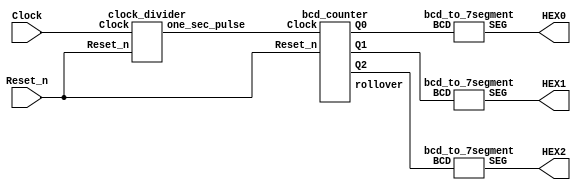
module top_module (
    input wire Clock,        // Clock signal input
    input wire Reset_n,      // Active-low reset signal
    output wire [6:0] HEX0,  // 7-segment display for the least significant digit
    output wire [6:0] HEX1,  // 7-segment display for the middle digit
    output wire [6:0] HEX2   // 7-segment display for the most significant digit
);

    wire one_sec_pulse;      // Pulse signal with a period of one second
    wire [3:0] Q0, Q1, Q2;   // BCD digits
    wire rollover;           // Rollover signal for the counters

    // Instance of clock_divider to generate one-second pulse
    clock_divider u_clk_div (
        .Clock(Clock),
        .Reset_n(Reset_n),
        .one_sec_pulse(one_sec_pulse)
    );

    // Instance of bcd_counter to count seconds in BCD format
    bcd_counter u_bcd_counter (
        .Clock(one_sec_pulse),
        .Reset_n(Reset_n),
        .Q0(Q0),
        .Q1(Q1),
        .Q2(Q2),
        .rollover(rollover)
    );

    // Instances of bcd_to_7segment to drive the 7-segment displays
    bcd_to_7segment u0 (
        .BCD(Q0),
        .SEG(HEX0)
    );

    bcd_to_7segment u1 (
        .BCD(Q1),
        .SEG(HEX1)
    );

    bcd_to_7segment u2 (
        .BCD(Q2),
        .SEG(HEX2)
    );
endmodule

module bcd_counter (
    input wire Clock,        // Clock signal input
    input wire Reset_n,      // Active-low reset signal
    output wire [3:0] Q0,    // Least significant BCD digit
    output wire [3:0] Q1,    // Middle BCD digit
    output wire [3:0] Q2,    // Most significant BCD digit
    output wire rollover     // Rollover signal for the counters
);

    wire rollover0, rollover1; // Rollover signals for each BCD digit

    // Instances of mod10_counter for each BCD digit
    mod10_counter u0 (
        .Clock(Clock),
        .Reset_n(Reset_n),
        .Q(Q0),
        .rollover(rollover0)
    );

    mod10_counter u1 (
        .Clock(rollover0),
        .Reset_n(Reset_n),
        .Q(Q1),
        .rollover(rollover1)
    );

    mod10_counter u2 (
        .Clock(rollover1),
        .Reset_n(Reset_n),
        .Q(Q2),
        .rollover(rollover)
    );
endmodule

module mod10_counter (
    input wire Clock,        // Clock signal input
    input wire Reset_n,      // Active-low reset signal
    output reg [3:0] Q,      // BCD digit output
    output reg rollover      // Rollover signal output
);

    parameter k = 10;        // Parameter for the modulus value

    always @(posedge Clock or negedge Reset_n) begin
        if (!Reset_n) begin
            Q <= 4'd0;       // Reset the counter to 0
            rollover <= 1'b0;// Reset the rollover signal
        end else if (Q == k-1) begin
            Q <= 4'd0;       // Reset the counter to 0 when it reaches k-1
            rollover <= 1'b1;// Set the rollover signal
        end else begin
            Q <= Q + 1'b1;   // Increment the counter
            rollover <= 1'b0;// Clear the rollover signal
        end
    end
endmodule

module clock_divider (
    input wire Clock,        // Clock signal input
    input wire Reset_n,      // Active-low reset signal
    output reg one_sec_pulse // One-second pulse signal output
);

    reg [25:0] count;        // Counter to divide the clock

    always @(posedge Clock or negedge Reset_n) begin
        if (!Reset_n) begin
            count <= 26'd0;    // Reset the counter
            one_sec_pulse <= 1'b0; // Clear the one-second pulse signal
        end else if (count == 26'd49_999_999) begin
            count <= 26'd0;    // Reset the counter when it reaches 49,999,999
            one_sec_pulse <= 1'b1; // Set the one-second pulse signal
        end else begin
            count <= count + 1'b1; // Increment the counter
            one_sec_pulse <= 1'b0; // Clear the one-second pulse signal
        end
    end
endmodule

module bcd_to_7segment (
    input [3:0] BCD,         // BCD digit input
    output reg [6:0] SEG     // 7-segment display output
);

    always @(*) begin
        case (BCD)
            4'b0000: SEG = 7'b1000000; // 0
            4'b0001: SEG = 7'b1111001; // 1
            4'b0010: SEG = 7'b0100100; // 2
            4'b0011: SEG = 7'b0110000; // 3
            4'b0100: SEG = 7'b0011001; // 4
            4'b0101: SEG = 7'b0010010; // 5
            4'b0110: SEG = 7'b0000010; // 6
            4'b0111: SEG = 7'b1111000; // 7
            4'b1000: SEG = 7'b0000000; // 8
            4'b1001: SEG = 7'b0010000; // 9
            default: SEG = 7'b1111111; // Error
        endcase
    end
endmodule